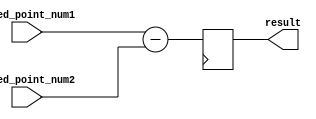
module subtractor (
    input wire [15:0] fixed_point_num1,
    input wire [15:0] fixed_point_num2,
    output reg [15:0] result
);

reg [15:0] temp_result;

always @(*) begin
    temp_result = fixed_point_num1 - fixed_point_num2;
end

always @(posedge clk) begin
    result <= temp_result;
end

endmodule